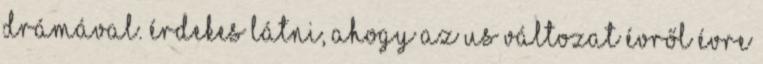
drámával. Érdekes látni, ahogy az US változat évről évre